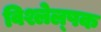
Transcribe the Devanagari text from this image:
विश्लेल्षक